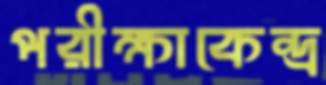
পরীক্ষাকেন্দ্র